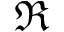
\Re